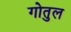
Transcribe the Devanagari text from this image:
गोतुल